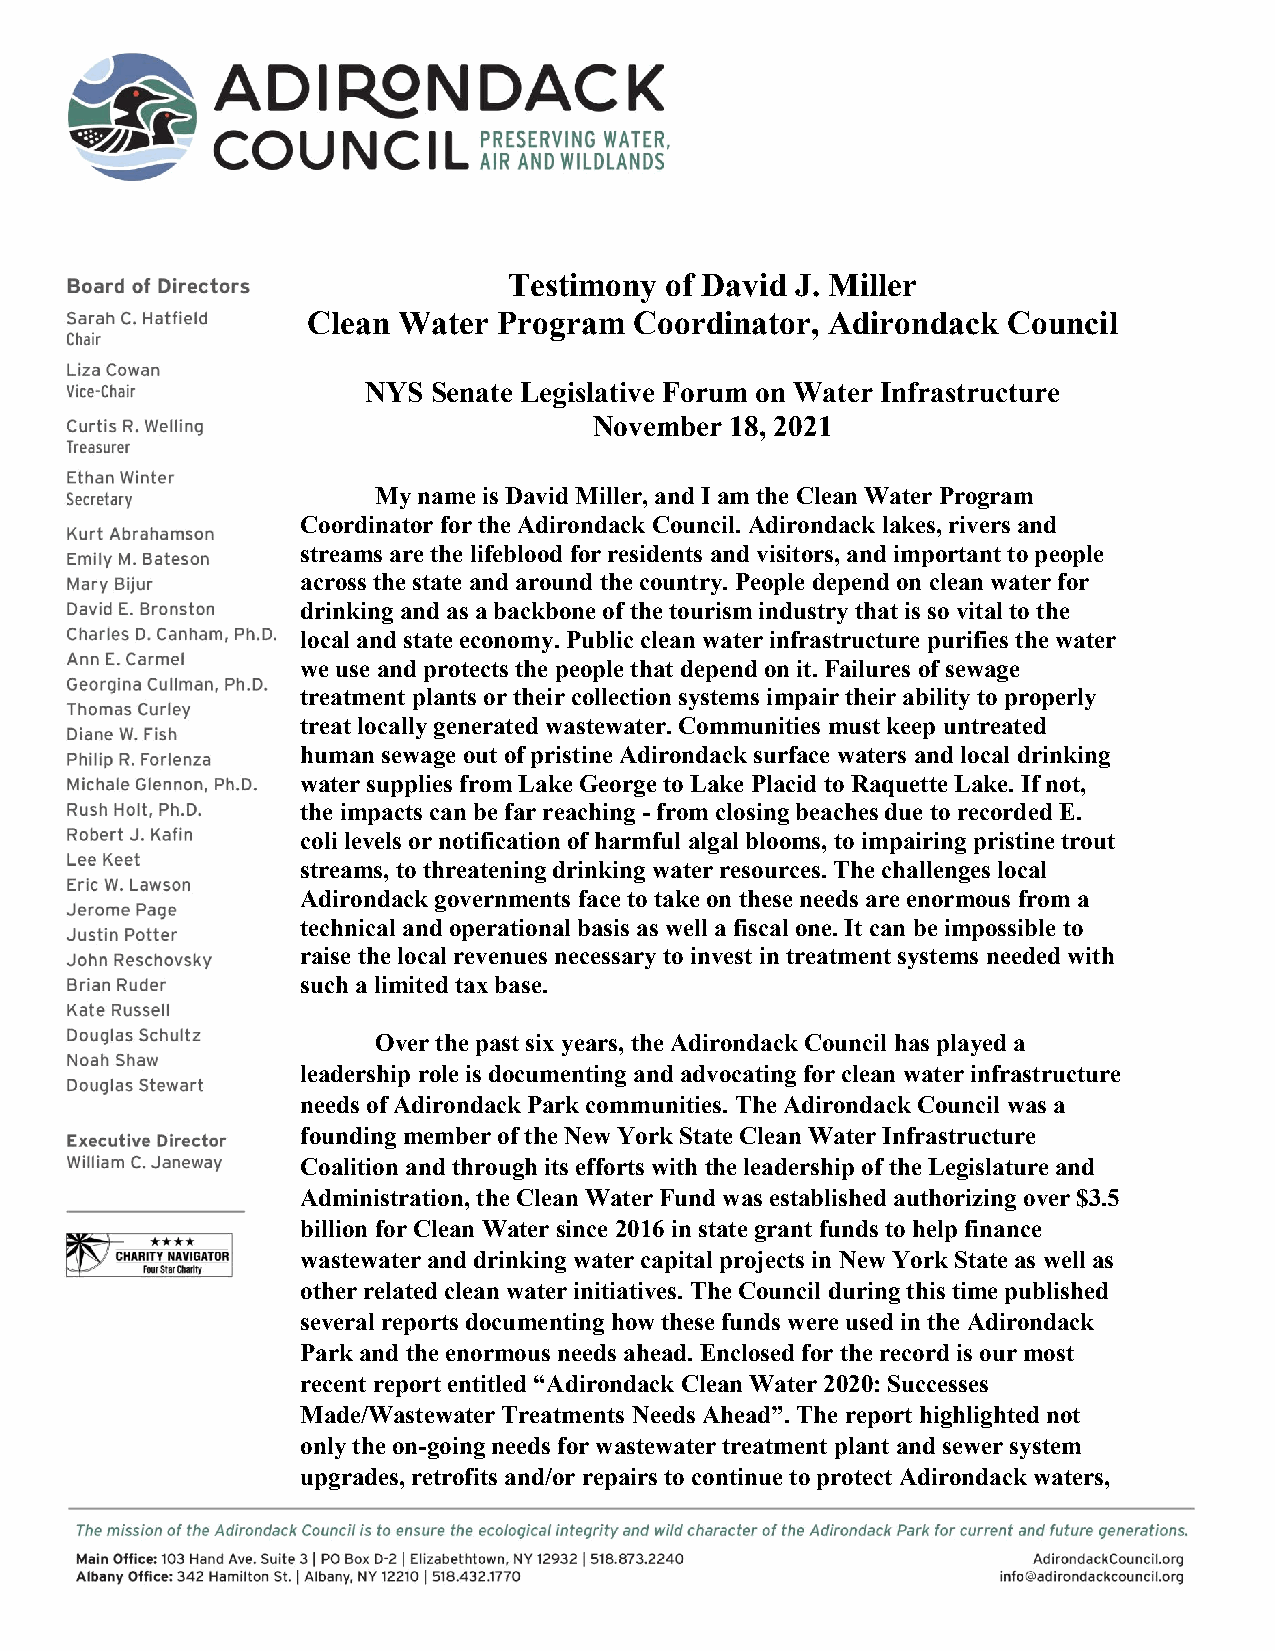
Testimony of David J. Miller
 Clean Water  Program  Coordinator, Adirondack  Council
 NYS  Senate Legislative Forum on Water Infrastructure
 November 18, 2021
 My name is David Miller, and I am the Clean Water Program
 Coordinator for the Adirondack Council. Adirondack lakes, rivers and
 streams are the lifeblood for residents and visitors, and important to people
 across the state and around the country. People depend on clean water for
 drinking and as a backbone of the tourism industry that is so vital to the
 local and state economy. Public clean water infrastructure purifies the water
 we use and protects the people that depend on it. Failures of sewage
 treatment plants or their collection systems impair their ability to properly
 treat locally generated wastewater. Communities must keep untreated
 human sewage out of pristine Adirondack surface waters and local drinking
 water supplies from Lake George to Lake Placid to Raquette Lake. If not,
 the impacts can be far reaching - from closing beaches due to recorded E.
 coli levels or notification of harmful algal blooms, to impairing pristine trout
 streams, to threatening drinking water resources. The challenges local
 Adirondack governments face to take on these needs are enormous from a
 technical and operational basis as well a fiscal one. It can be impossible to
 raise the local revenues necessary to invest in treatment systems needed with
 such a limited tax base.
 Over the past six years, the Adirondack Council has played a
 leadership role is documenting and advocating for clean water infrastructure
 needs of Adirondack Park communities. The Adirondack Council was a
 founding member of the New York State Clean Water Infrastructure
 Coalition and through its efforts with the leadership of the Legislature and
 Administration, the Clean Water Fund was established authorizing over $3.5
 billion for Clean Water since 2016 in state grant funds to help finance
 wastewater and drinking water capital projects in New York State as well as
 other related clean water initiatives. The Council during this time published
 several reports documenting how these funds were used in the Adirondack
 Park and the enormous needs ahead. Enclosed for the record is our most
 recent report entitled “Adirondack Clean Water 2020: Successes
 Made/Wastewater Treatments Needs Ahead”. The report highlighted not
 only the on-going needs for wastewater treatment plant and sewer system
 upgrades, retrofits and/or repairs to continue to protect Adirondack waters,
 1